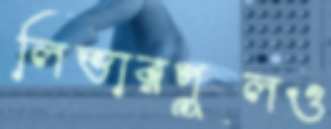
লিভারপুলও